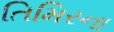
તિમિરના